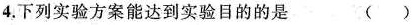
4.下列实验方案能达到实验目的的是 ( )